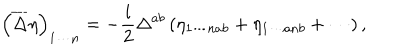
\left( \overline { { { \Delta } } } \eta \right) _ { 1 \cdots n } = - \frac { i } { 2 } \Delta ^ { a b } \left( \eta _ { 1 \cdots n a b } + \eta _ { 1 \cdots a n b } + \cdots \right) ,